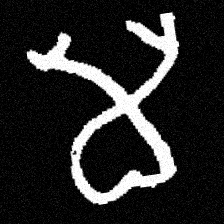
Pyu character \u2014 Myanmar letter: မ (romanized: ma)